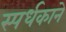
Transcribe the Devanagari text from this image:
स्पर्धकाने